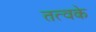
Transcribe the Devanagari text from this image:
तत्वके